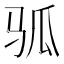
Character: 𬳷